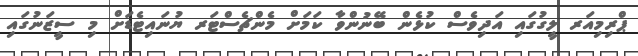
ޕްރިމިއަރ ލީގުގައި އަދިވެސް ކުޅެން ބޭނުންވާ ކަމަށް މެންޗެސްޓަރ ޔުނައިޓެޑަށް މި ސީޒަނުގައި